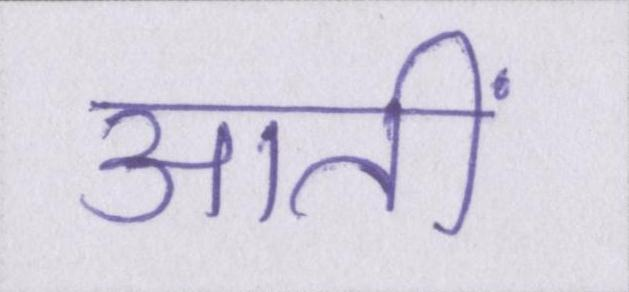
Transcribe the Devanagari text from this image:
आतीं